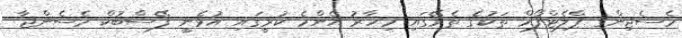
މެސެޖިންގ ޕްލެޓްފޯމް ތަކުގެ ތެރޭގައި މިހާރު އެންމެ ކުރީގައި އުޅެނީ ފޭސްބުކް މެސެންޖާ